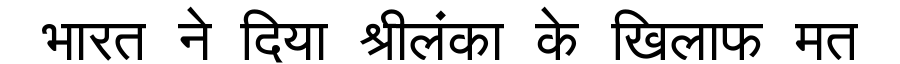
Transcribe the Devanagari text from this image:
भारत ने दिया श्रीलंका के खिलाफ मत